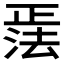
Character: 𪴹